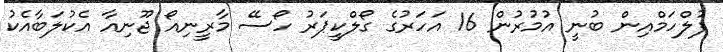
ފުލްހަމްއިން ބުނީ އުމުރުން 16 އަހަރުގެ ގޯލްކީޕަރު ހޯސޭ މާރީނިއޯ ޖޫނިއާ އެކުލަބާއެކު